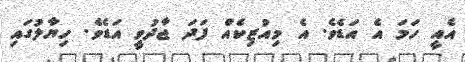
އެއީ ހަމަ އެ އަޑެވެ. އެ މިއުޒިކެއް ފަދަ ޖާދުވީ އަޑެވެ. ހިޔާލުގައި